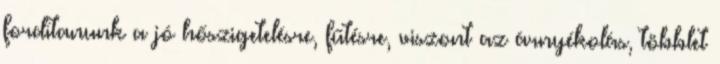
fordítanunk a jó hőszigetelésre, fűtésre, viszont az árnyékolás, többlet